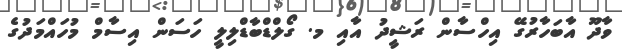
ވާދޫ އާބަހާރުގޭ އިހްސާން ރަޝީދު އާއި މ. ގޯލްޑްބާޑްލިލީ ހަސަން އިސާމް މުހައްމަދުގެ